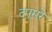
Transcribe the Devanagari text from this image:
दपूमरे